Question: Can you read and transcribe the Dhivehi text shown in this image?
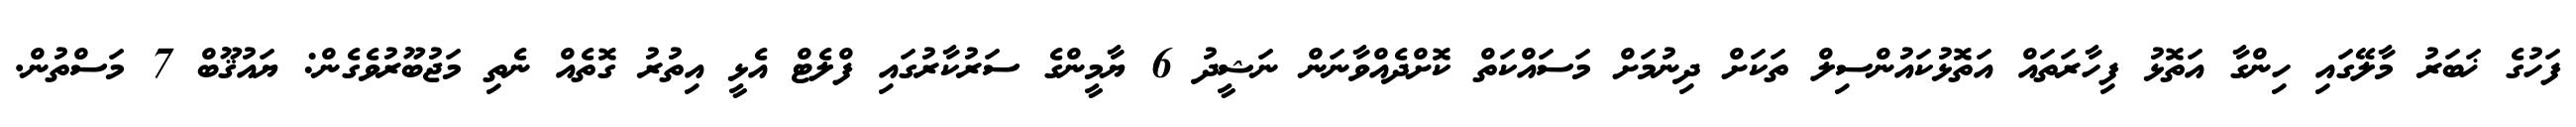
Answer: ފަހުގެ ޚަބަރު މާލޭގައި ހިންގާ އަތޮޅު ފިހާރަތައް އަތޮޅުކައުންސިލް ތަކަށް ދިނުމަށް މަސައްކަތް ކޮށްދެއްވާނަން ނަޝީދު 6 ޔާމީންގެ ސަރުކާރުގައި ފްލެޓް އެޅީ އިތުރު ގޮތެއް ނެތި މަޖުބޫރުވެގެން: ޔައުޤޫބް 7 މަސްތުން.